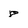
Character: 8